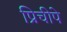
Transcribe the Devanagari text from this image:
प्रिचीपे